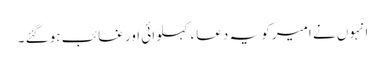
انہوں نے امیر کو یہ دعاء کہلوائی اور غائب ہو گئے ۔